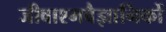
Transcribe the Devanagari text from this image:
जीवाश्मवैज्ञानिकों